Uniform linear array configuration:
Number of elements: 12
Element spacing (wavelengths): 0.5
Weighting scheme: exponential
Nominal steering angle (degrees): -45
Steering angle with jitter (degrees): -46.311
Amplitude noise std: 0.05
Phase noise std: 0.05

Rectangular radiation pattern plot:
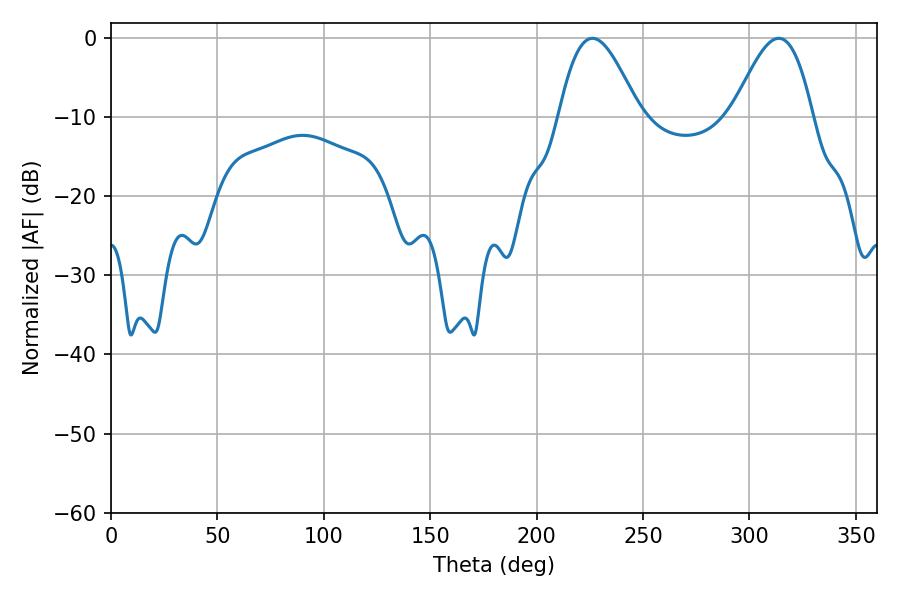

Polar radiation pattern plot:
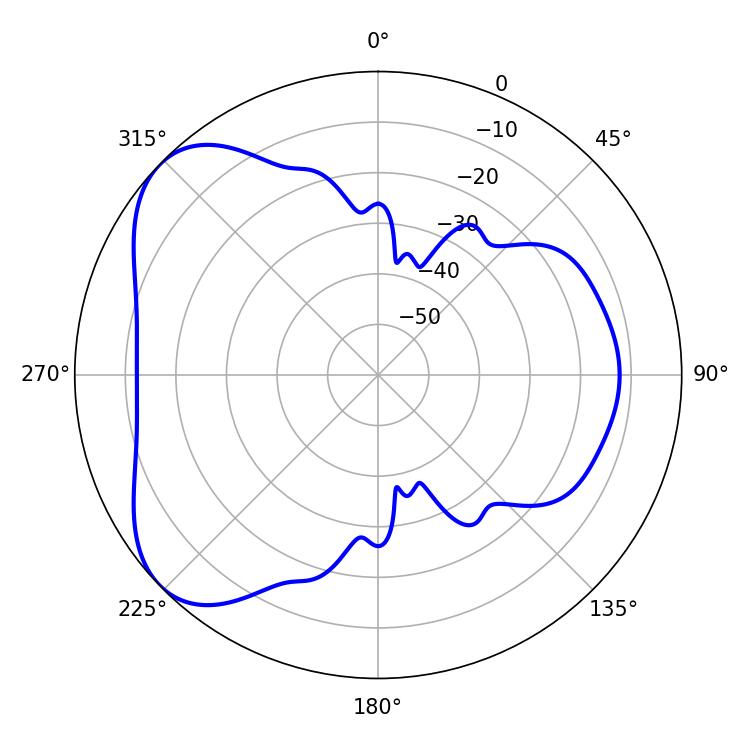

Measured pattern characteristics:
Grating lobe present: FALSE
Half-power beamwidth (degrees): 20.34
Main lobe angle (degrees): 226.26